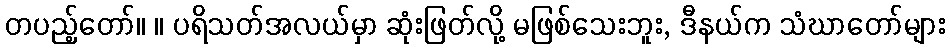
တပည့်တော်။ ။ ပရိသတ်အလယ်မှာ ဆုံးဖြတ်လို့ မဖြစ်သေးဘူး, ဒီနယ်က သံဃာတော်များ